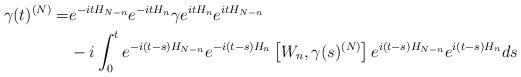
LaTeX: \begin{align*} \gamma(t)^{(N)}=&e^{-it H_{N-n}}e^{-it H_n}\gamma e^{it H_n}e^{it H_{N-n}}\\ &-i \int_0^t e^{-i(t-s) H_{N-n}}e^{-i(t-s) H_n}\left[ W_n, \gamma(s)^{(N)}\right]e^{i(t-s) H_{N-n}}e^{i(t-s) H_n}ds\end{align*}